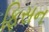
ફિસન